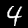
Label: 4